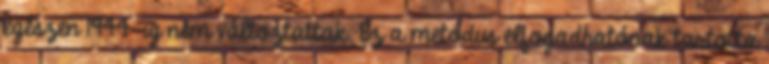
egészen 1944-ig nem változtattak. Ez a metódus elfogadhatónak tartotta